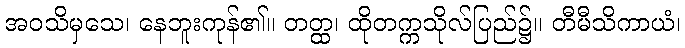
အဝသိမှသေ၊ နေဘူးကုန်၏။ တတ္ထ၊ ထိုတက္ကသိုလ်ပြည်၌။ တီမီသိကာယံ၊